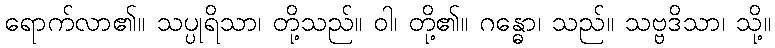
ရောက်လာ၏။ သပ္ပုရိသာ၊ တို့သည်။ ဝါ၊ တို့၏။ ဂန္ဓော၊ သည်။ သဗ္ဗဒိသာ၊ သို့။